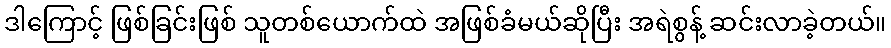
ဒါကြောင့် ဖြစ်ခြင်းဖြစ် သူတစ်ယောက်ထဲ အဖြစ်ခံမယ်ဆိုပြီး အရဲစွန့် ဆင်းလာခဲ့တယ်။